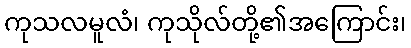
ကုသလမူလံ၊ ကုသိုလ်တို့၏အကြောင်း၊